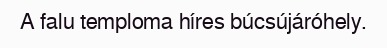
A falu temploma híres búcsújáróhely.